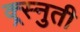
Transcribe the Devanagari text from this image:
क्र्स्नुती